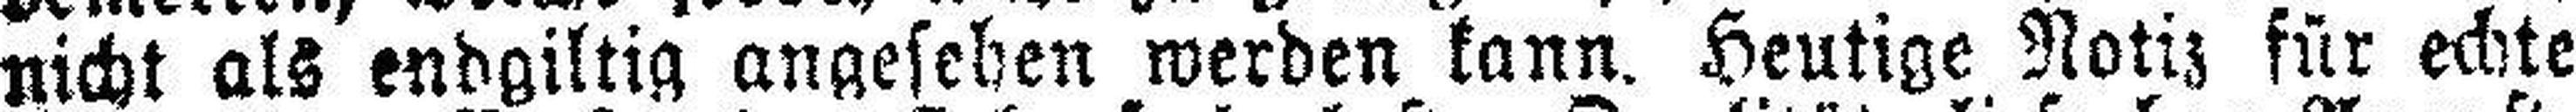
nicht als endgiltig angesehen werden kann. Heutige Notiz für echte